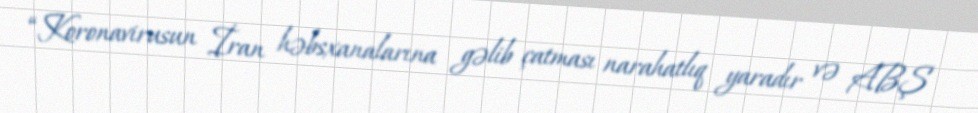
“Koronavirusun İran həbsxanalarına gəlib çatması narahatlıq yaradır və ABŞ